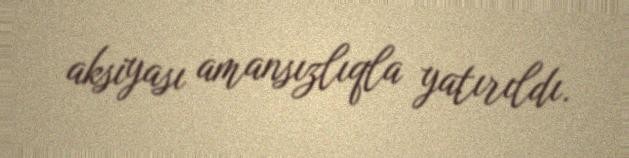
aksiyası amansızlıqla yatırıldı.